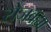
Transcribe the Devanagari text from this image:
रोजवह्या